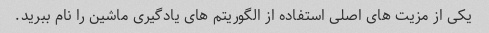
یکی از مزیت های اصلی استفاده از الگوریتم های یادگیری ماشین را نام ببرید.